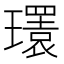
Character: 𤪹